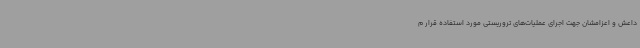
داعش و اعزامشان جهت اجرای عملیات‌های تروریستی مورد استفاده قرار م